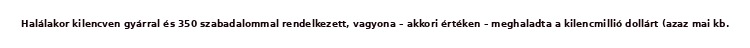
Halálakor kilencven gyárral és 350 szabadalommal rendelkezett, vagyona – akkori értéken – meghaladta a kilencmillió dollárt (azaz mai kb.